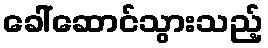
ခေါ်ဆောင်သွားသည့်